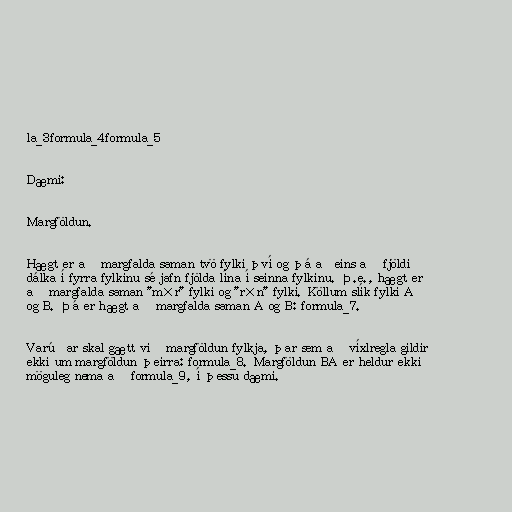
la_3formula_4formula_5

Dæmi:

Margföldun.

Hægt er að margfalda saman tvö fylki því og þá aðeins að fjöldi
dálka í fyrra fylkinu sé jafn fjölda lína í seinna fylkinu. Þ.e., hægt er
að margfalda saman "m×r" fylki og "r×n" fylki. Köllum slík fylki A
og B. Þá er hægt að margfalda saman A og B: formula_7.

Varúðar skal gætt við margföldun fylkja, þar sem að víxlregla gildir
ekki um margföldun þeirra: formula_8. Margföldun BA er heldur ekki
möguleg nema að formula_9, í þessu dæmi.